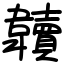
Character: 韥